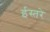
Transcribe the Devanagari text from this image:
ईस्तरे